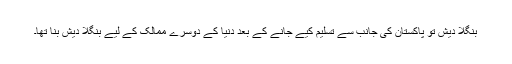
بنگلا دیش تو پاکستان کی جانب سے تسلیم کیے جانے کے بعد دنیا کے دوسرے ممالک کے لیے بنگلا دیش بنا تھا۔